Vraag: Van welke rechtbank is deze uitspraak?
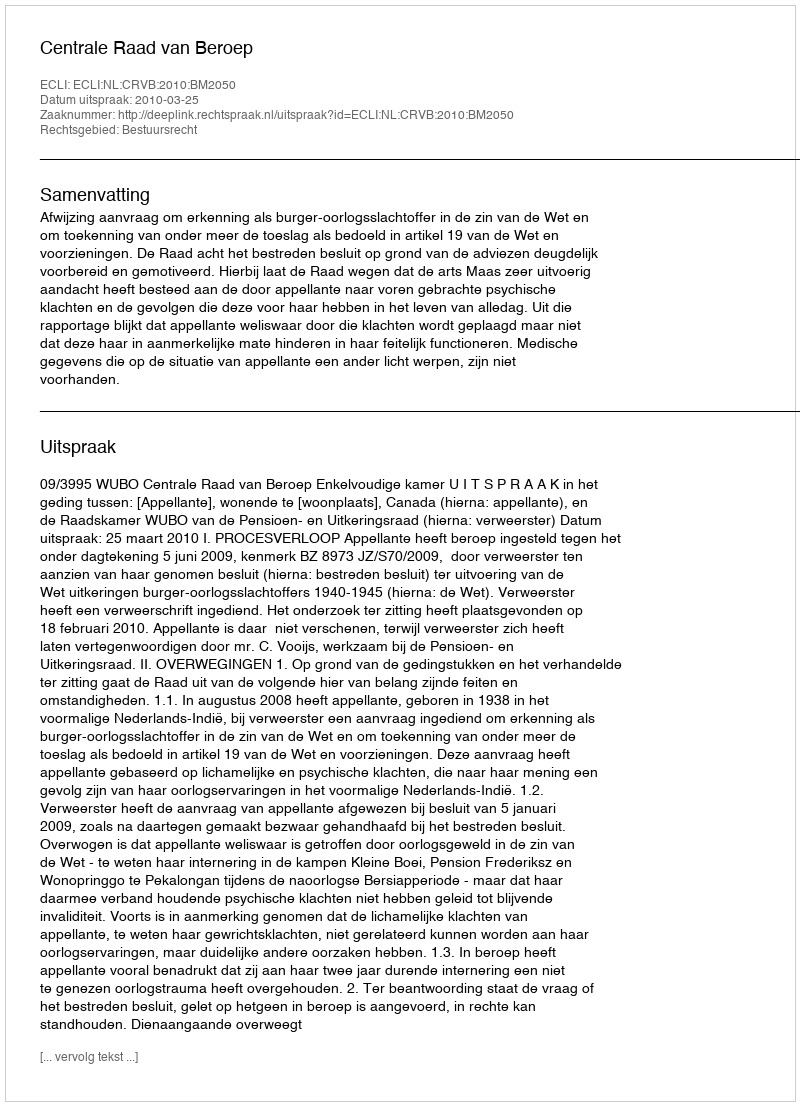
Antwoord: Centrale Raad van Beroep